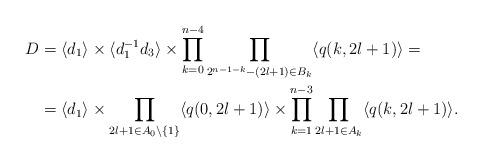
LaTeX: \begin{align*}D&=\langle d_1\rangle\times\langle d_1^{-1}d_3\rangle\times\prod_{k=0}^{n-4}\prod_{2^{n-1-k}-(2l+1)\in B_k}\langle q(k,2l+1)\rangle=\\&=\langle d_1\rangle\times\prod_{2l+1\in A_0\setminus\{1\}}\langle q(0,2l+1)\rangle\times\prod_{k=1}^{n-3}\prod_{2l+1\in A_k}\langle q(k,2l+1)\rangle.\end{align*}